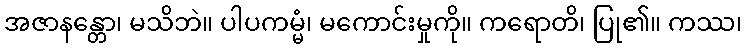
အဇာနန္တော၊ မသိဘဲ။ ပါပကမ္မံ၊ မကောင်းမှုကို။ ကရောတိ၊ ပြု၏။ ကဿ၊